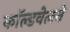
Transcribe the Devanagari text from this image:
काॅल्डवेलने